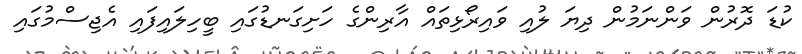
ކުޑަ ދޮރުން ވަންނަމުން ދިޔަ ލުއި ވައިރޯޅިތައް އާރިންގެ ހަށިގަނޑުގައި ބީހިލައިފައި އެޖިސްމުގައި